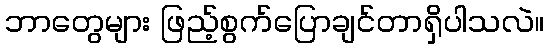
ဘာတွေများ ဖြည့်စွက်ပြောချင်တာရှိပါသလဲ။